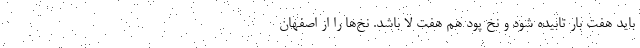
باید هفت بار تابیده شود و نخِ پود هم هفت لا باشد. نخ‌ها را از اصفهان